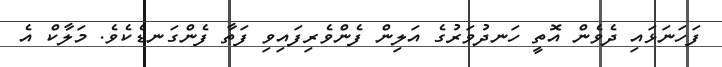
ފަހަނަޅައި ދެވެން އޮތީ ހަނދުވަރުގެ އަލިން ފެންވެރިފައިވި ފަތާ ފެންގަނޑެކެވެ. މަލާކް އެ